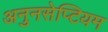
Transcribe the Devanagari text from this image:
अनुनसेप्टियम